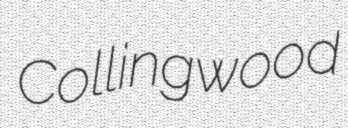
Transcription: Collingwood